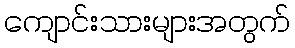
ကျောင်းသားများအတွက်